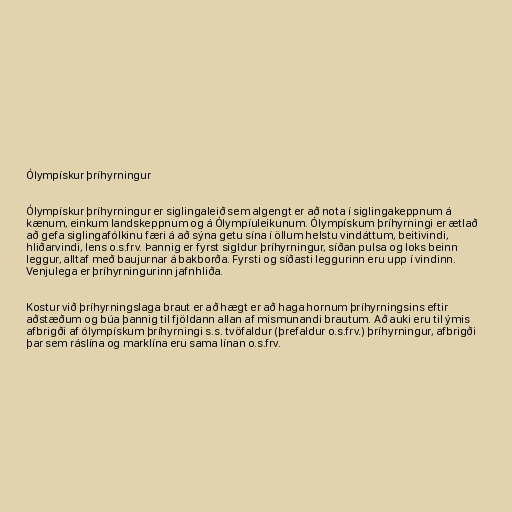
Ólympískur þríhyrningur

Ólympískur þríhyrningur er siglingaleið sem algengt er að nota í siglingakeppnum á
kænum, einkum landskeppnum og á Ólympíuleikunum. Ólympískum þríhyrningi er ætlað
að gefa siglingafólkinu færi á að sýna getu sína í öllum helstu vindáttum, beitivindi,
hliðarvindi, lens o.s.frv. Þannig er fyrst sigldur þríhyrningur, síðan pulsa og loks beinn
leggur, alltaf með baujurnar á bakborða. Fyrsti og síðasti leggurinn eru upp í vindinn.
Venjulega er þríhyrningurinn jafnhliða.

Kostur við þríhyrningslaga braut er að hægt er að haga hornum þríhyrningsins eftir
aðstæðum og búa þannig til fjöldann allan af mismunandi brautum. Að auki eru til ýmis
afbrigði af ólympískum þríhyrningi s.s. tvöfaldur (þrefaldur o.s.frv.) þríhyrningur, afbrigði
þar sem ráslína og marklína eru sama línan o.s.frv.